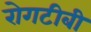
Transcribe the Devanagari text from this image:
रोगटीबी